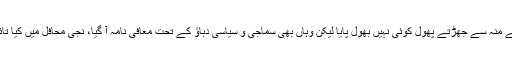
میئر کراچی وسیم اختر کے منہ سے جھڑتے پھول کوئی نہیں بھول پایا لیکن وہاں بھی سماجی و سیاسی دباؤ کے تحت معافی نامہ آ گیا، نجی محافل میں کیا تائید ہوتی رہی وہ چھوڑیے۔